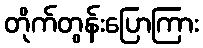
တိုက်တွန်းပြောကြား